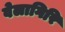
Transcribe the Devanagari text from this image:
वेलागिरि